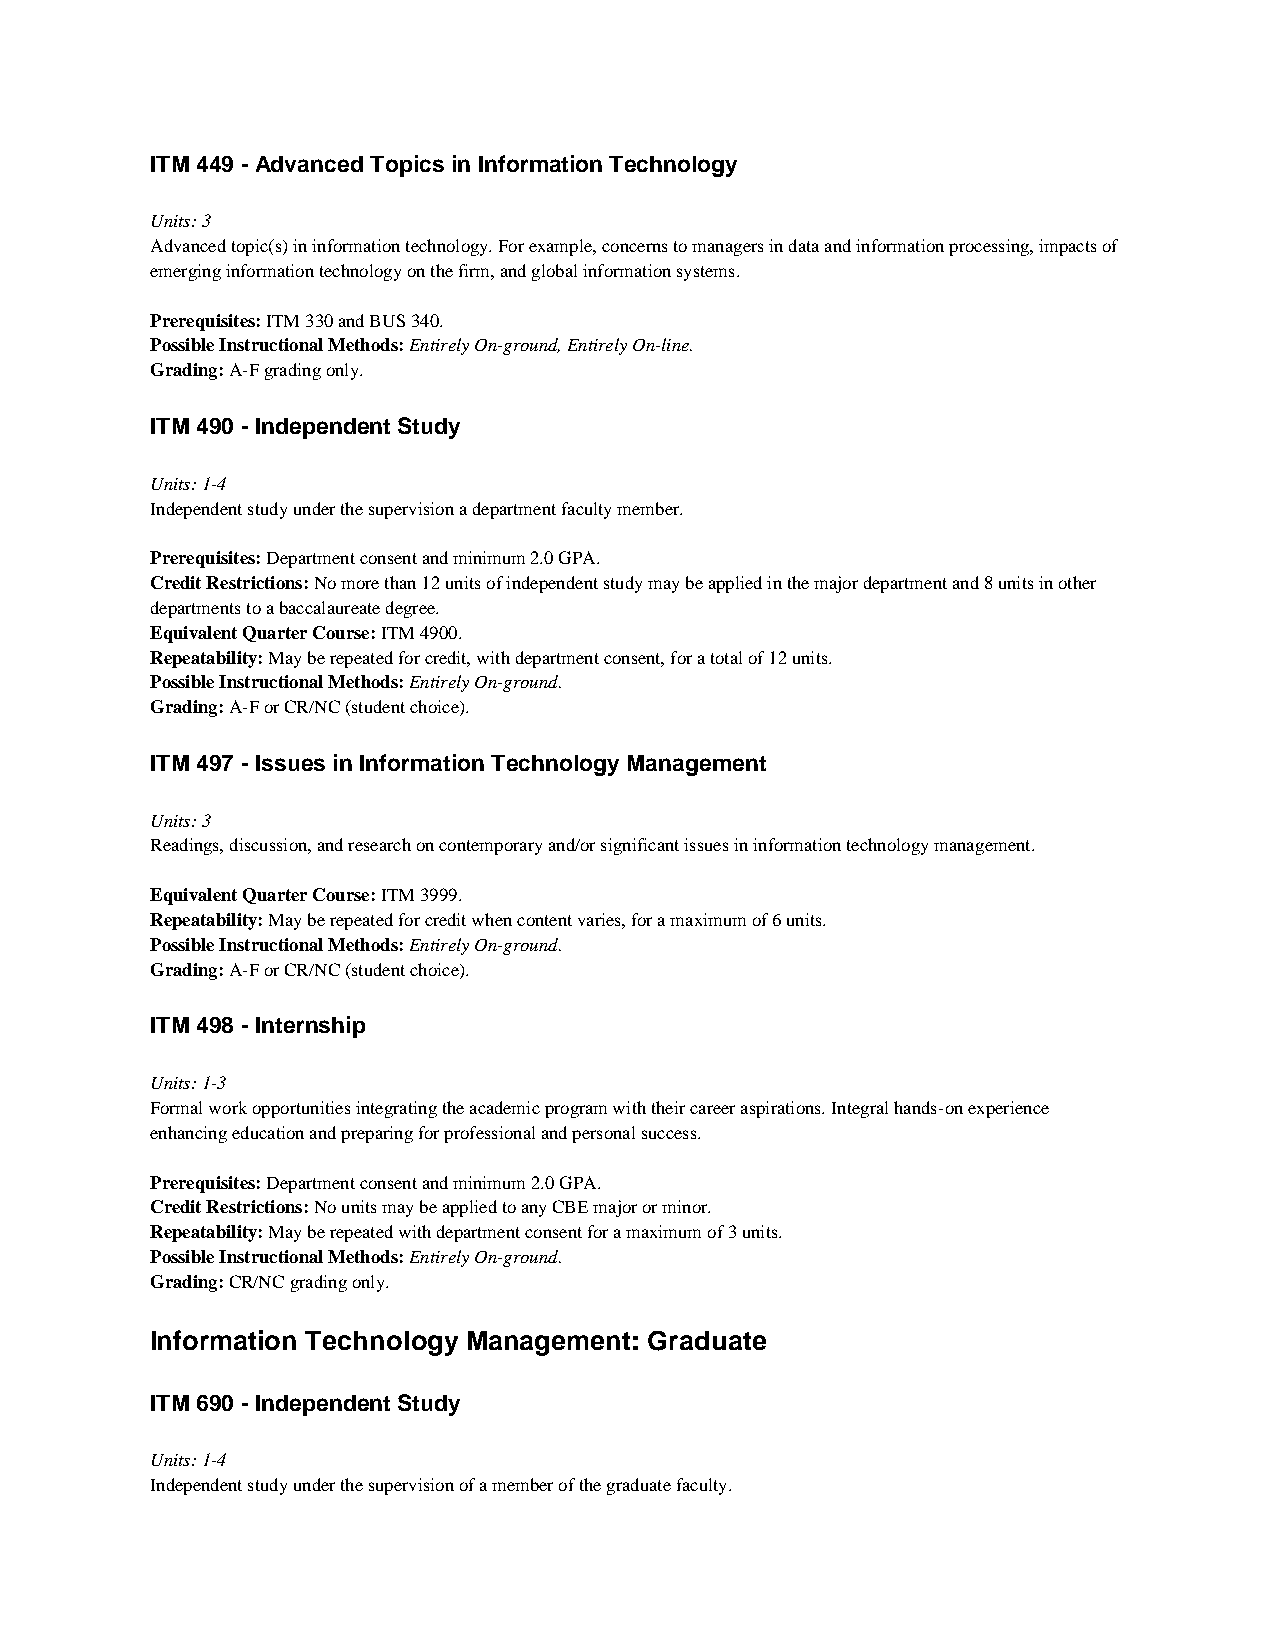
ITM 449 - Advanced Topics in Information Technology
 Units: 3
 Advanced topic(s) in information technology. For example, concerns to managers in data and information processing, impacts of
 emerging information technology on the firm, and global information systems.
 Prerequisites: ITM 330 and BUS 340.
 Possible Instructional Methods: Entirely On-ground, Entirely On-line.
 Grading: A-F grading only.
 ITM 490 - Independent Study
 Units: 1-4
 Independent study under the supervision a department faculty member.
 Prerequisites: Department consent and minimum 2.0 GPA.
 Credit Restrictions: No more than 12 units of independent study may be applied in the major department and 8 units in other
 departments to a baccalaureate degree.
 Equivalent Quarter Course: ITM 4900.
 Repeatability: May be repeated for credit, with department consent, for a total of 12 units.
 Possible Instructional Methods: Entirely On-ground.
 Grading: A-F or CR/NC (student choice).
 ITM 497 - Issues in Information Technology Management
 Units: 3
 Readings, discussion, and research on contemporary and/or significant issues in information technology management.
 Equivalent Quarter Course: ITM 3999.
 Repeatability: May be repeated for credit when content varies, for a maximum of 6 units.
 Possible Instructional Methods: Entirely On-ground.
 Grading: A-F or CR/NC (student choice).
 ITM 498 - Internship
 Units: 1-3
 Formal work opportunities integrating the academic program with their career aspirations. Integral hands-on experience
 enhancing education and preparing for professional and personal success.
 Prerequisites: Department consent and minimum 2.0 GPA.
 Credit Restrictions: No units may be applied to any CBE major or minor.
 Repeatability: May be repeated with department consent for a maximum of 3 units.
 Possible Instructional Methods: Entirely On-ground.
 Grading: CR/NC grading only.
 Information Technology Management: Graduate
 ITM 690 - Independent Study
 Units: 1-4
 Independent study under the supervision of a member of the graduate faculty.